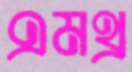
এমথ্র